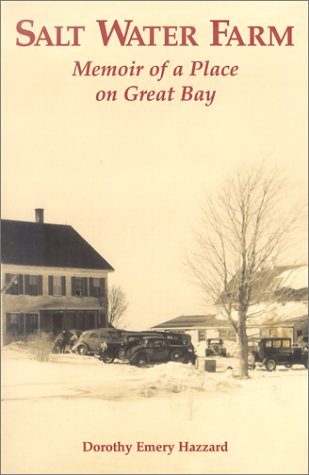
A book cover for Salt Water Farm: Memoir of a Place on Great Bay; Dorothy Emery Hazzard; History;